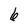
Character: 6